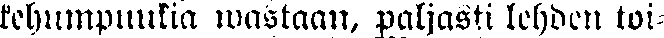
kehumpuukia wastaan, paljasti lehden toi-